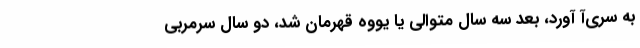
به سری‌آ آورد، بعد سه سال متوالی یا یووه قهرمان شد، دو سال سرمربی